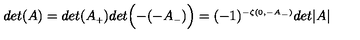
d e t ( A ) = d e t ( A _ { \scriptscriptstyle + } ) d e t \Bigl ( - ( - A _ { \scriptscriptstyle - } ) \Bigr ) = ( - 1 ) ^ { \scriptscriptstyle - \zeta ( 0 , - A _ { \scriptscriptstyle - } ) } d e t \vert A \vert